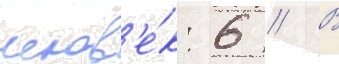
челов'е́к: 6 // В